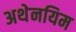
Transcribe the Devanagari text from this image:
अथेनयिम